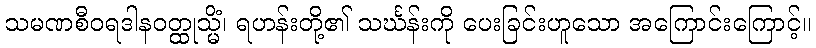
သမဏစီဝရဒါနဝတ္ထုသ္မိံ၊ ရဟန်းတို့၏ သင်္ဃန်းကို ပေးခြင်းဟူသော အကြောင်းကြောင့်။